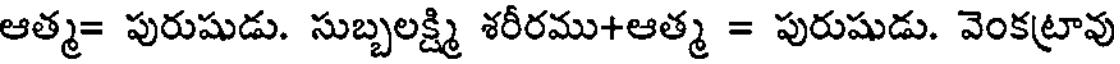
ఆత్మ= పురుషుడు. సుబ్బలక్ష్మి శరీరము+ఆత్మ = పురుషుడు. వెంకట్రావు